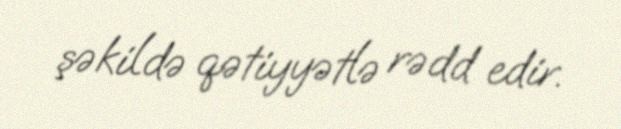
şəkildə qətiyyətlə rədd edir.